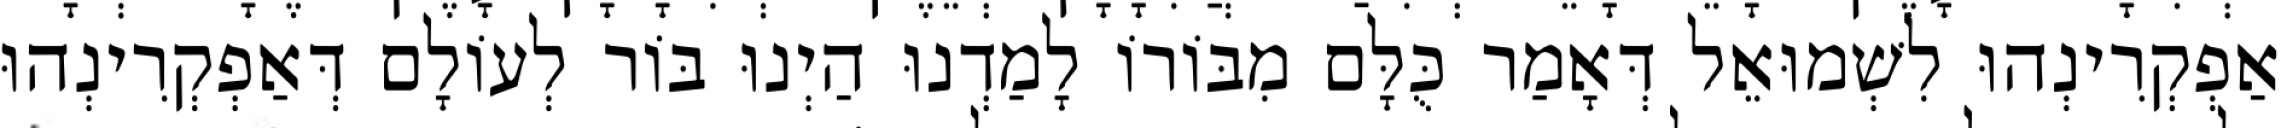
אַפְקְרִינְהוּ לִשְׁמוּאֵל דְּאָמַר כֻּלָּם מִבּוֹרוֹ לָמַדְנוּ הַיְנוּ בּוֹר לְעוֹלָם דְּאַפְקְרִינְהוּ